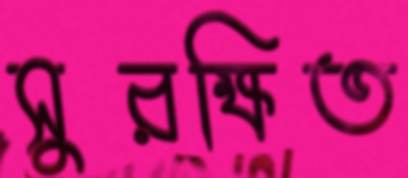
সুরক্ষিত